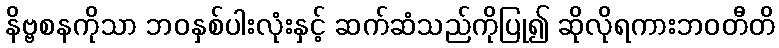
နိဗ္ဗစနကိုသာ ဘဝနှစ်ပါးလုံးနှင့် ဆက်ဆံသည်ကိုပြု၍ ဆိုလိုရကားဘဝတီတိ